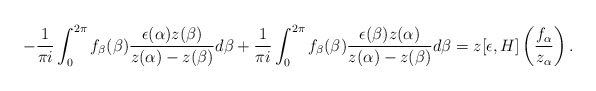
\begin{align*}-\frac{1}{\pi i}\int_{0}^{2\pi}f_{\beta}(\beta)\frac{\epsilon(\alpha)z(\beta)}{z(\alpha)-z(\beta)}d\beta+\frac{1}{\pi i}\int_{0}^{2\pi}f_{\beta}(\beta)\frac{\epsilon(\beta)z(\alpha)}{z(\alpha)-z(\beta)}d\beta=z[\epsilon,H]\left(\frac{f_{\alpha}}{z_{\alpha}}\right).\end{align*}